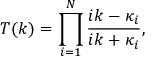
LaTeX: T ( k ) = \prod _ { i = 1 } ^ { N } { \frac { i k - \kappa _ { i } } { i k + \kappa _ { i } } } ,